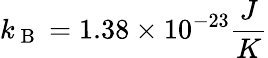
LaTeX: k_{\mathrm{~B~}}=1.38\times 10^{-23}\frac{J}{K}